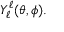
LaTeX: Y _ { \ell } ^ { \ell } ( \theta , \phi ) .